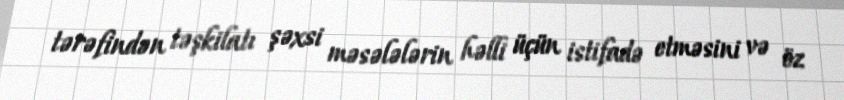
tərəfindən təşkilatı şəxsi məsələlərin həlli üçün istifadə etməsini və öz